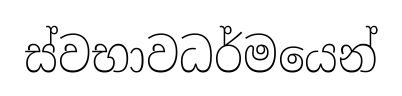
ස්වභාවධර්මයෙන්